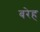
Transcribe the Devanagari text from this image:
बरेह